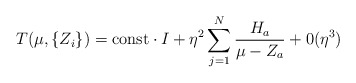
\begin{align*}T ( \mu , \{ Z_i \} ) = {\mbox{const}} \cdot I + \eta^2 \sum^N_{j = 1} \frac{H_a}{\mu - Z_a} + 0 ( \eta^3 )\end{align*}